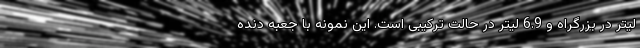
لیتر در بزرگراه و 6.9 لیتر در حالت ترکیبی است. این نمونه با جعبه دنده